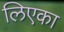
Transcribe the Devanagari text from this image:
लिएका